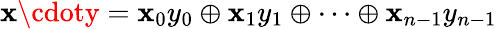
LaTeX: \mathbf{x}\cdoty=\mathbf{x}_{0}y_{0}\oplus\mathbf{x}_{1}y_{1}\oplus\cdots\oplus\mathbf{x}_{n-1}y_{n-1}